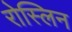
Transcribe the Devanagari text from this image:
रोस्लिन